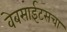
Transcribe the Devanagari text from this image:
वेबसाईटसचा